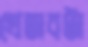
খেতাবটা